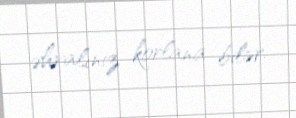
əhvalınız korlana bilər.